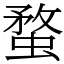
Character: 蝥